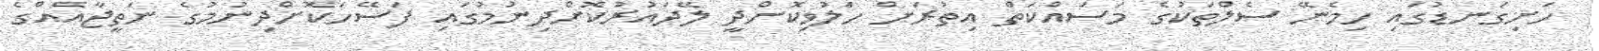
ހަށިގަނޑުގައި ހިމެނޭ ސެލްތަކުގެ މަސައްކަތް އިތުރަށް ހަލުވިކޮށްދީ ލޭދައުރުކޮށްދިނުމުގައި ފަސޭހަކޮށްދިނުމުގެ ނަތީޖާއެއްގެ